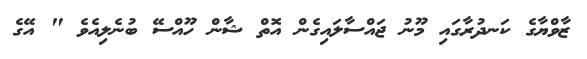
ޒާވްޔާގެ ކަނދުރާގައި މޫނު ޖައްސާލައިގެން އޮތް ޝާން ހޫއްސޭ ބުނެލިއެވެ " އޭގެ